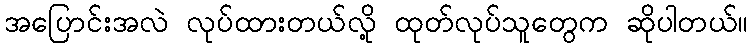
အပြောင်းအလဲ လုပ်ထားတယ်လို့ ထုတ်လုပ်သူတွေက ဆိုပါတယ်။